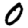
Digit: 0